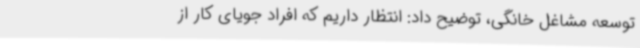
توسعه مشاغل خانگی، توضیح داد: انتظار داریم که افراد جویای کار از